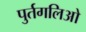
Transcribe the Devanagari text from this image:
पुर्तगलिओ